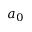
a _ { 0 }